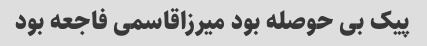
پیک بی حوصله بود میرزاقاسمی فاجعه بود